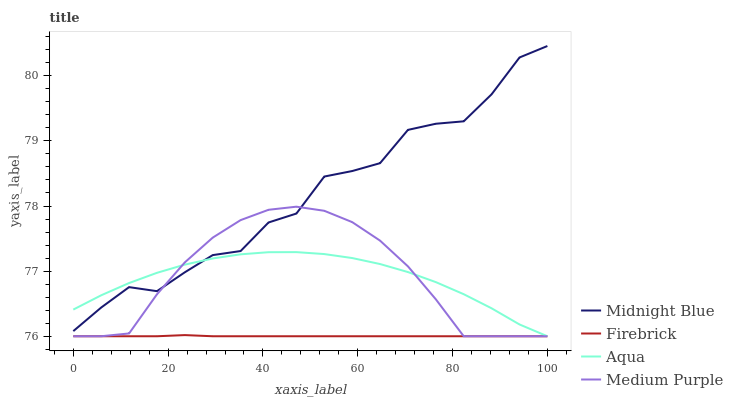
| xaxis_label | Midnight Blue | Firebrick | Aqua | Medium Purple |
 | --- | --- | --- | --- | --- |
 | 0 | 76.1 | 76 | 76.4 | 76 |
 | 5.88 | 76.4 | 76 | 76.6 | 76 |
 | 11.8 | 76.8 | 76 | 76.8 | 76 |
 | 17.6 | 76.7 | 76 | 77 | 76.6 |
 | 23.5 | 77 | 76 | 77.1 | 77.1 |
 | 29.4 | 77.2 | 76 | 77.2 | 77.5 |
 | 35.3 | 77.3 | 76 | 77.3 | 77.8 |
 | 41.2 | 77.7 | 76 | 77.3 | 77.9 |
 | 47.1 | 77.9 | 76 | 77.3 | 78 |
 | 52.9 | 78.5 | 76 | 77.3 | 77.9 |
 | 58.8 | 78.5 | 76 | 77.2 | 77.8 |
 | 64.7 | 78.7 | 76 | 77.1 | 77.5 |
 | 70.6 | 79.2 | 76 | 77 | 77.1 |
 | 76.5 | 79.3 | 76 | 76.8 | 76.6 |
 | 82.4 | 79.3 | 76 | 76.6 | 76 |
 | 88.2 | 79.7 | 76 | 76.4 | 76 |
 | 94.1 | 80.3 | 76 | 76.2 | 76 |
 | 100 | 80.5 | 76 | 76 | 76 |